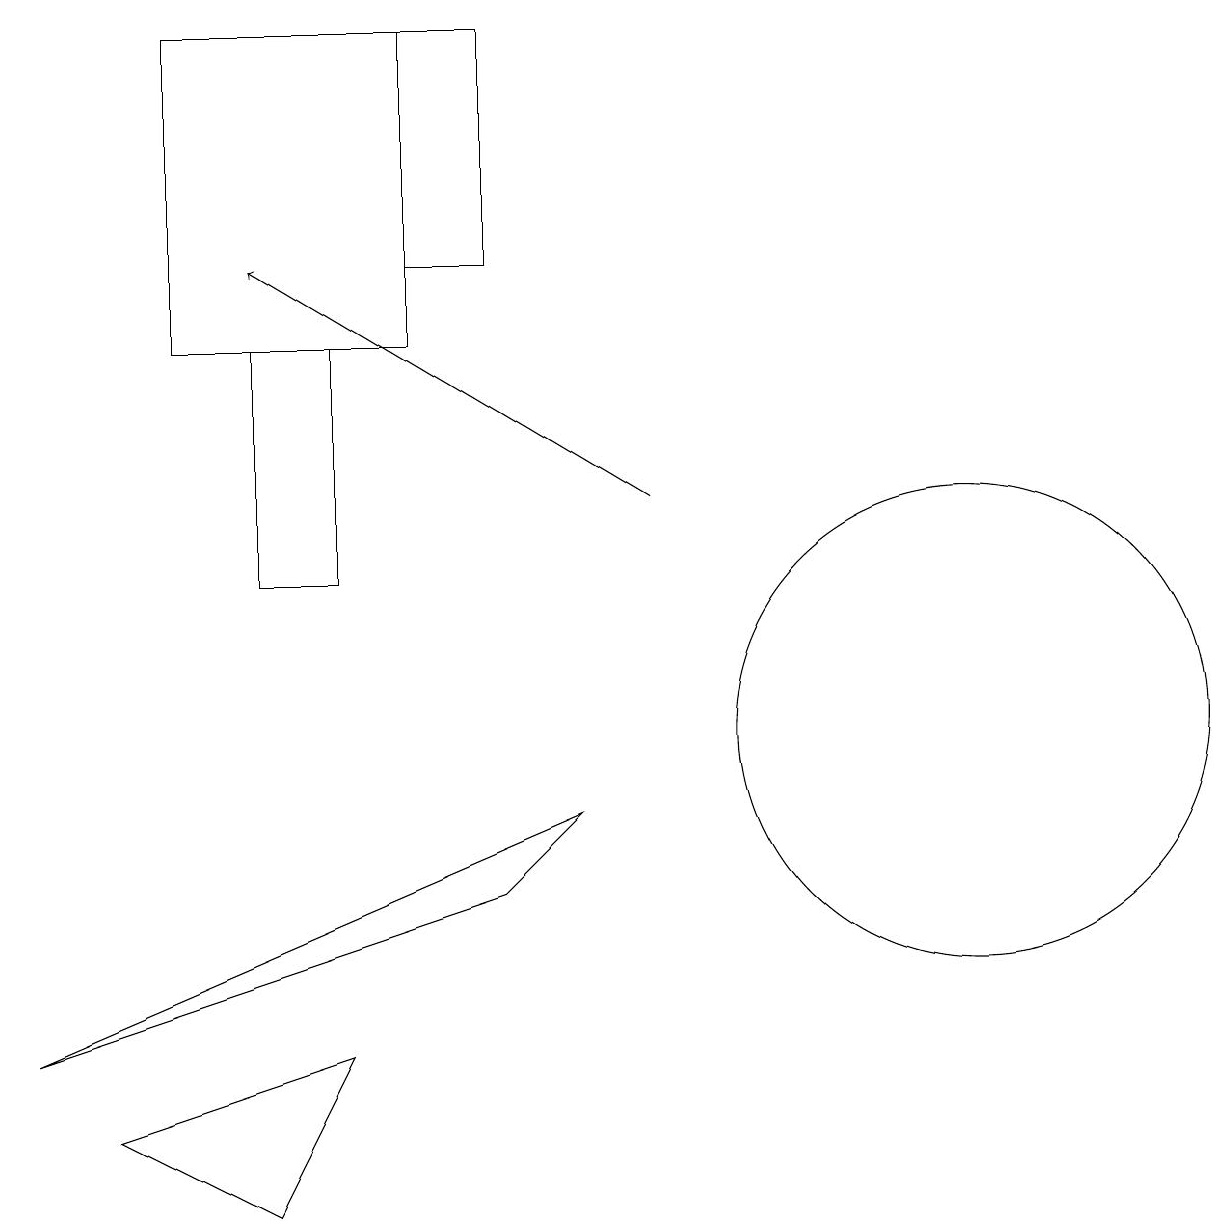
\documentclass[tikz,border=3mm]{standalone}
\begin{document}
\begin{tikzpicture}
\draw (7,9) -- (0,6) -- (6,8) -- cycle;
\draw[->] (8,13) -- (3,16);
\draw (4,12) rectangle (3,15);
\draw (4,6) -- (3,4) -- (1,5) -- cycle;
\draw (2,15) rectangle (5,19);
\draw (12,10) circle (3);
\draw (5,19) rectangle (6,16);
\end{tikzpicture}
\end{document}